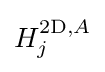
H_{j}^{2\mathrm {D} ,A}